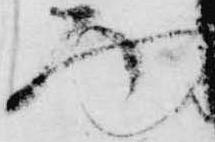
面